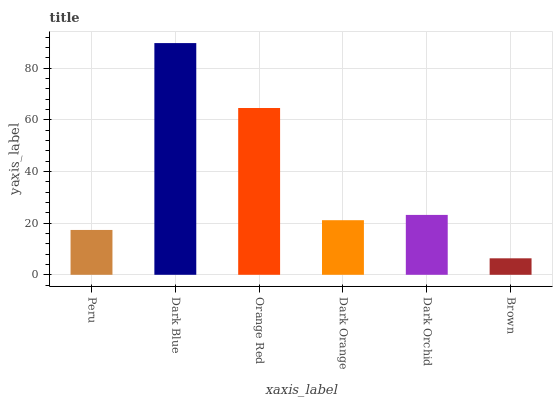
| xaxis_label | bars |
 | --- | --- |
 | Peru | 17.4 |
 | Dark Blue | 89.7 |
 | Orange Red | 64.6 |
 | Dark Orange | 21.1 |
 | Dark Orchid | 23.2 |
 | Brown | 6.38 |